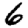
Digit: 6